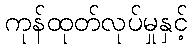
ကုန်ထုတ်လုပ်မှုနှင့်